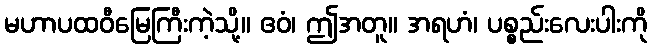
မဟာပထဝီမြေကြီးကဲ့သို့။ ဧဝံ၊ ဤအတူ။ အရဟံ၊ ပစ္စည်းလေးပါးကို